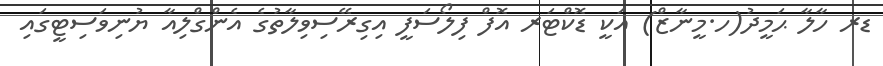
ޑރ ހާލާ ޙަމީދު(ހ.މީނާޒް) އަކީ ޑޮކްޓަރ އޮފް ފިލޯސަފީ އިގިރޭސިވިލާތުގެ އެންގްލިއާ ޔުނިވަސިޓީގައި